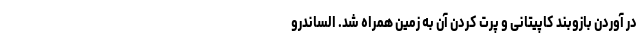
در آوردن بازوبند کاپیتانی و پرت کردن آن به زمین همراه شد. الساندرو